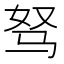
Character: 驽